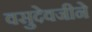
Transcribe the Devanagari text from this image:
वसुदेवजीने